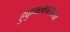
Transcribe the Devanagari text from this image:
हुकुमशहासारखा